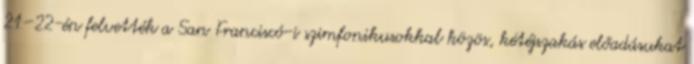
21–22-én felvették a San Franciscó-i szimfonikusokkal közös, kétéjszakás előadásukat